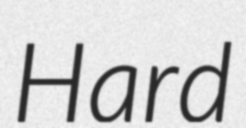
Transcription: Hard